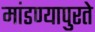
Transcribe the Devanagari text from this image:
मांडण्यापुरते